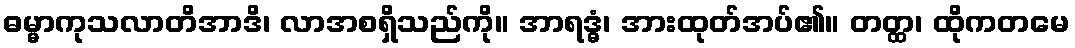
ဓမ္မာကုသလာတိအာဒိ၊ လာအစရှိသည်ကို။ အာရဒ္ဓံ၊ အားထုတ်အပ်၏။ တတ္ထ၊ ထိုကတမေ